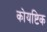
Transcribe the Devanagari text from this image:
कोयष्टिक